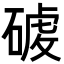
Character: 𮀸